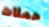
حملات